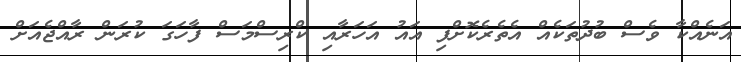
އަނެއްކާ ވެސް ބުދުތަކެއް އެތެރެކޮށްފި އައު އަހަރާއި ކްރިސްމަސް ފާހަގަ ކުރަން ރާއްޖެއަށް